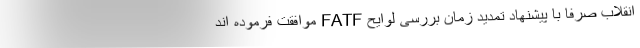
انقلاب صرفا با پیشنهاد تمدید زمان بررسی لوایح FATF موافقت فرموده اند